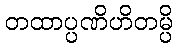
တထာပ္ပဏိဟိတမ္ပိ